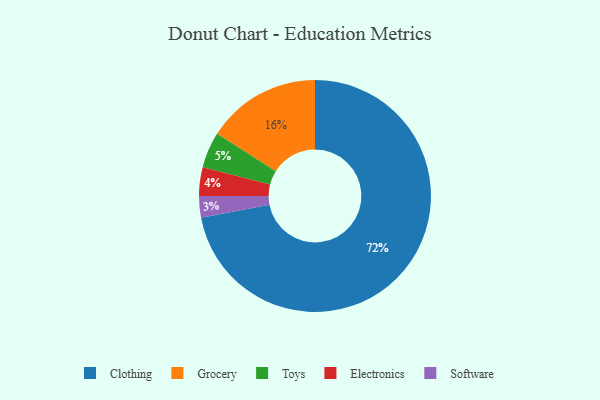
{"axis": {"x": "Category", "y": "Percentage"}, "legend": ["Clothing", "Electronics", "Grocery", "Software", "Toys"], "data": [{"x": "Electronics", "y": 4, "type": "Electronics"}, {"x": "Toys", "y": 5, "type": "Toys"}, {"x": "Grocery", "y": 16, "type": "Grocery"}, {"x": "Clothing", "y": 72, "type": "Clothing"}, {"x": "Software", "y": 3, "type": "Software"}]}